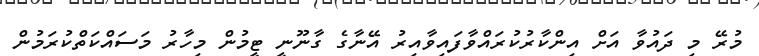
މުރޭ މި ދައުވާ އަށް އިންކާރުކުރައްވާފައިވާއިރު އޭނާގެ ގާނޫނީ ޓީމުން މިހާރު މަސައްކަތްކުރަމުން